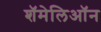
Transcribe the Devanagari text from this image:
शॅमेलिऑन